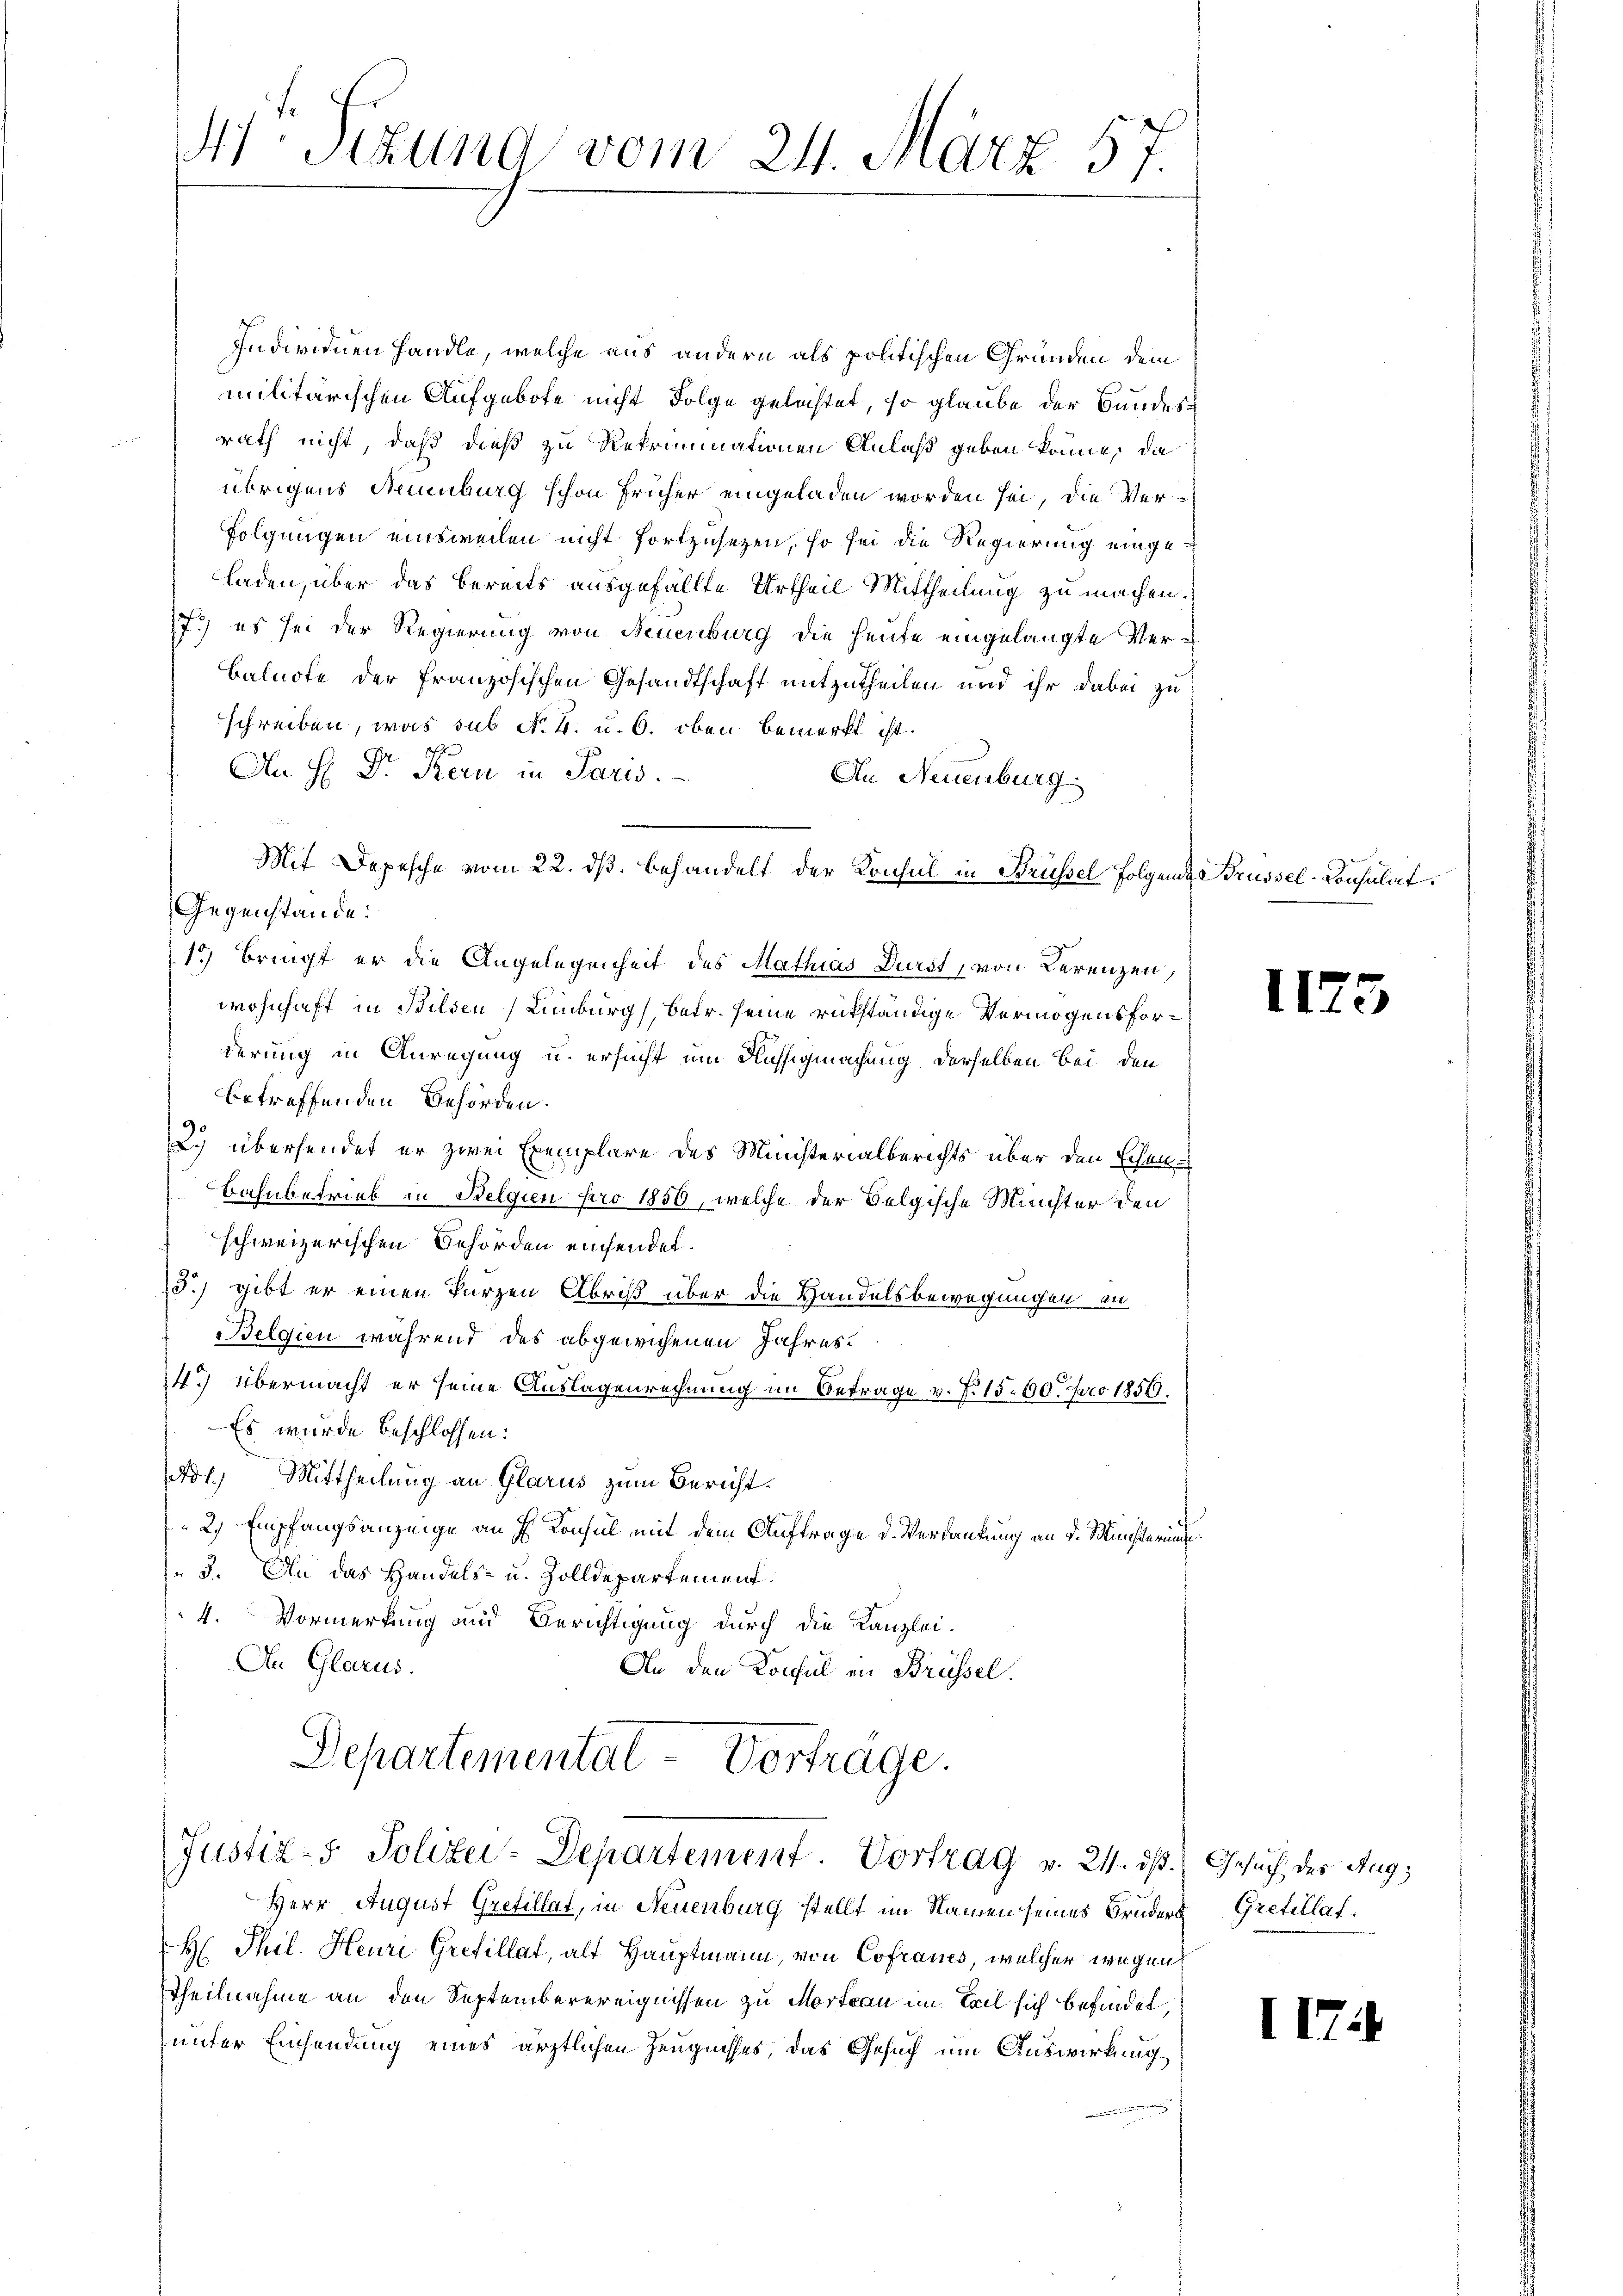
M.Sizung vom 24. März 57.

Individuen Handle, welche aus andern als politischen Gründen dem
militärischen Aufgebote nicht Folge geleistet, so glaube der Bundes
rath nicht, daß dieß zu Rekriminationen Anlaß geben könne, da
übrigens Neuenburg schon früher eingeladen worden sei, die Verfolgungen einsweilen nicht fortzusetzen, so sei die Regierung eingeladen, über das bereits ausgefällte Urtheil Mittheilung zu machen.
7.) es sei der Regierung von Neuenburg die heute eingelangte Ver¬
Balnote der französischen Gesandtschaft mitzutheilen und ihr dabei zu
schreiben, was sub No. 4. u. 6. oben bemerkt ist.
An H: Dr. Kern in Paris.
An Neuenburg
Mit Depesche vom 22. ds. behandelt der Konsul in Brüssel folgende Brüssel-Consulat
15) Bringt er die Angelegenheit des Mathias Durst, von Lerenzen,
wohnhaft in Bilden Limburg, betr. seine rükständige Vermögensforderung in Anregung u. ersucht um Rühsigmachung derselben bei den
betreffenden Behörden.
2. übersendet er zwei Exemplare des Ministerialberichts über den schen¬
Bahnbetrieb in Belgien pro 1850, welche der Belgische Meister den
schweizerischen Behörden einsendet.
13.) gibt er einen kurzen Abris über die Handelsbewegungen in
Belgien während des abgewichenen Jahres¬
14.) Übermacht er seine Auslagenrechnung im Betrage v. J. 15. 60. pro 1856.
Es wurde beschlossen:
Art. Mittheilung an Glarus zum Bericht.
2) Empfangsanzeige an H. Konsul mit dem Auftrage d. Verdankung an d. Ministerinte
 3. An das Handels- u. Zolldepartement
4. Vormerkung und Berichtigung durch die Kanzlei-
An Glarus.
An den Konsul in Brüssel.

Gegenstände:

Departemental-Vortrage.
Justiz- & Polizei-Departement. Vortrag v. 21. ds. Gesuch des Aug

Herr August Grefillat, in Neuenburg stellt im Namen seines Bruder Gretellat
H: Thil. Heuri Grefillat, als Hauptmann, von Cofraues, welcher wegen
Theilnahme an den Septemberereignissen zu Mortan im Teil sich befindet,
unter Einsendung eines ärztlichen Zeugnisses, das Gesuch um Auswirkung

1

II.